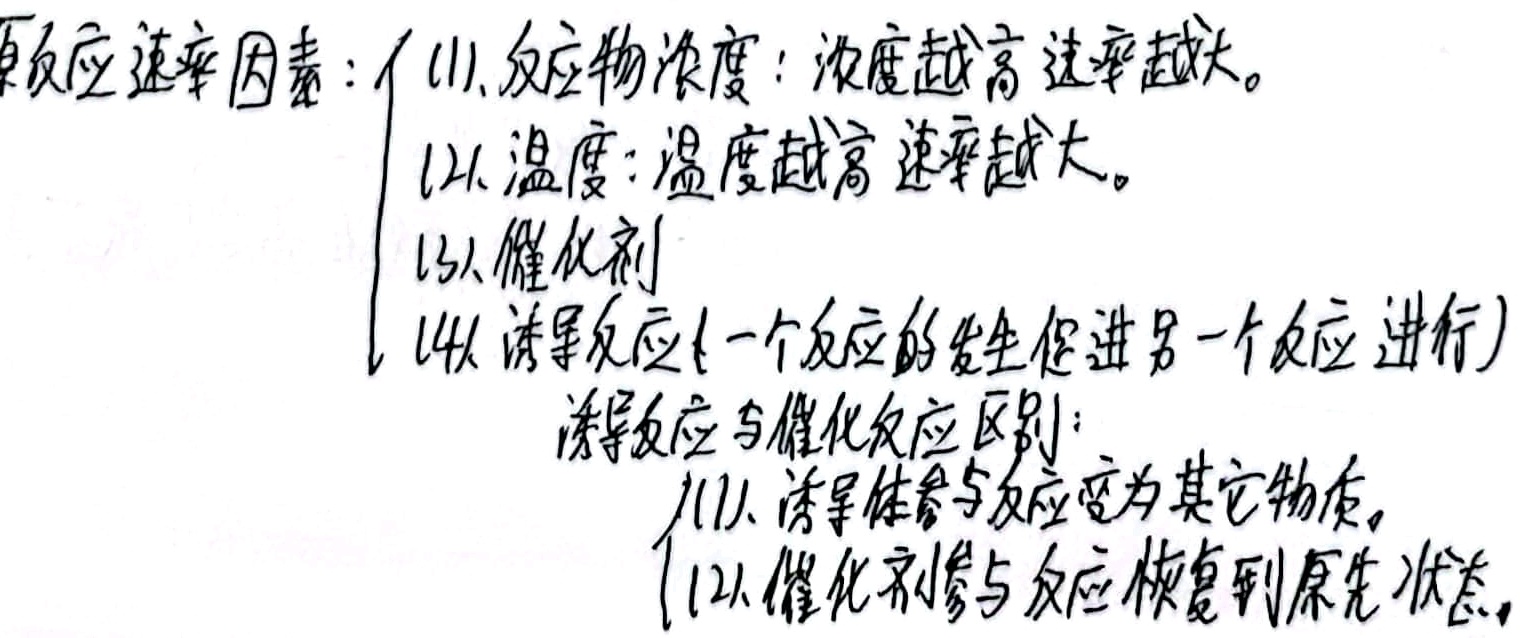
反应速率因素：
(1) 反应物浓度：浓度越高速率越大。
(2) 温度：温度越高速率越大。
(3) 催化剂
(4) 诱导反应（一个反应的发生促进另一个反应进行）
诱导反应与催化反应区别：
(1) 诱导体参与反应变为其它物质。
(2) 催化剂参与反应恢复到原先状态。